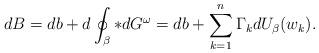
LaTeX: \begin{align*}dB=db+d\oint_\beta *dG^\omega=db+\sum_{k=1}^n \Gamma_k dU_\beta (w_k).\end{align*}